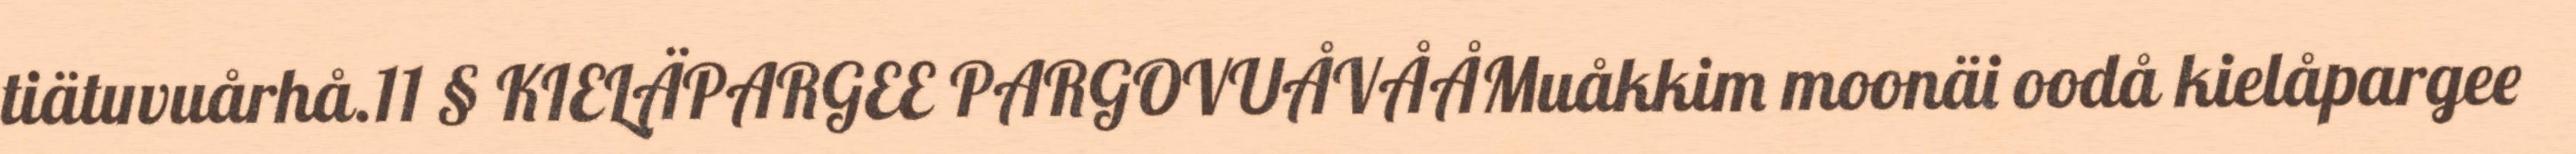
tiätuvuårhå.11 § KIELÄPARGEE PARGOVUÅVÅÅMuåkkim moonäi oodå kielåpargee